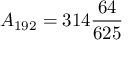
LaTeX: { } A _ { 1 9 2 } = 3 1 4 { \frac { 6 4 } { 6 2 5 } }